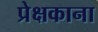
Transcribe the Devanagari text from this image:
प्रेक्षकाना